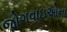
જોગવાઇઓના